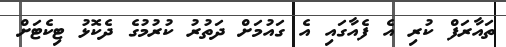
ތައާރަފް ކުރި އެ ފެއާގައި އެ ގައުމަށް ދަތުރު ކުރުމުގެ ދެކޮޅު ޓިކެޓަށް